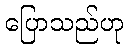
ပြောသည်ဟု